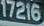
17216